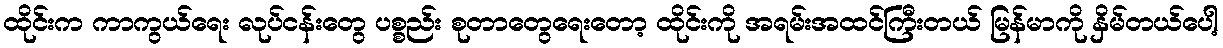
ထိုင်းက ကာကွယ်ရေး လုပ်ငန်းတွေ ပစ္စည်း စုတာတွေရေးတော့ ထိုင်းကို အရမ်းအထင်ကြီးတယ် မြန်မာကို နှိမ်တယ်ပေါ့